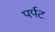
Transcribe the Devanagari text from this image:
पर्पट